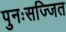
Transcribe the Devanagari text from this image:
पुनःसज्जित